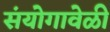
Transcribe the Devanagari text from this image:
संयोगावेळी